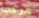
مركب